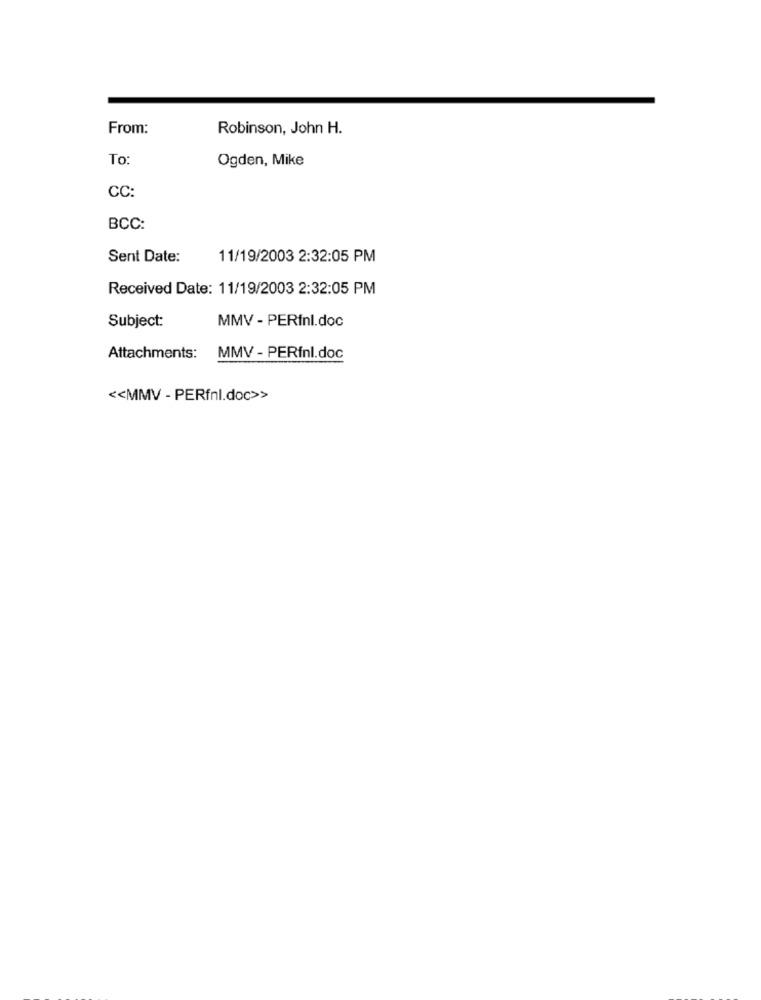
From:
Robinson, John H.
To
Ogden, Mike
CC:
BCC:
Sent Date:
11/19/2003 2:32:05 PM
Received Date: 11/19/2003 2:32:05 PM
Subject:
MMV - PERini.doc
Attachments: MMV - PERfnl.doc
<< MMV - PERfnl.doc>>